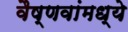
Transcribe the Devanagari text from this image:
वैष्णवांमध्ये